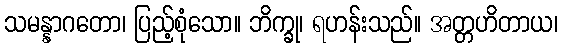
သမန္နာဂတော၊ ပြည့်စုံသော။ ဘိက္ခု၊ ရဟန်းသည်။ အတ္တဟိတာယ၊